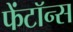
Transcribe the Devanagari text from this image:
फेंटॉन्स